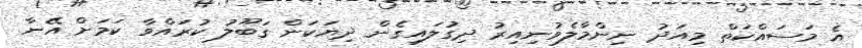
އެ މަސައްކަތް މިއަދު ނިންމާލެވުނިއިރު ދިގުލައިގެން ދިޔަކަން ގަބޫލު ކުރައްވާ ކަމަށް އޭނާ